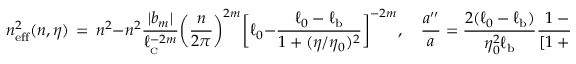
n _ { \mathrm { e f f } } ^ { 2 } ( n , \eta ) \, = \, n ^ { 2 } - n ^ { 2 } \frac { \vert b _ { m } \vert } { \ell _ { _ \mathrm { C } } ^ { - 2 m } } \biggl ( \frac { n } { 2 \pi } \biggr ) ^ { 2 m } \biggl [ \ell _ { 0 } - \frac { \ell _ { 0 } - \ell _ { \mathrm { b } } } { 1 + ( \eta / \eta _ { 0 } ) ^ { 2 } } \biggr ] ^ { - 2 m } , \quad \frac { a ^ { \prime \prime } } { a } = \frac { 2 ( \ell _ { 0 } - \ell _ { \mathrm { b } } ) } { \eta _ { 0 } ^ { 2 } \ell _ { \mathrm { b } } } \frac { 1 - 3 ( \eta / \eta _ { 0 } ) ^ { 2 } } { [ 1 + ( \eta / \eta _ { 0 } ) ^ { 2 } ] ^ { 3 } } ,